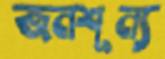
জনশূন্য